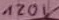
Text: 120V